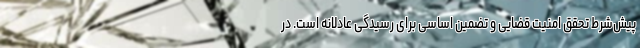
پیش‌شرط تحقق امنیت قضایی و تضمین اساسی برای رسیدگی عادلانه است. در